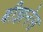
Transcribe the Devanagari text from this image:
बीझनेस